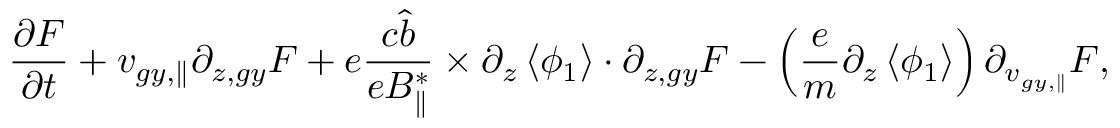
\frac { \partial F } { \partial t } + { v } _ { g y , \parallel } \partial _ { z , g y } F + e \frac { c \hat { b } } { e B _ { \parallel } ^ { * } } \times \partial _ { z } \left< \phi _ { 1 } \right> \boldsymbol { \cdot } \partial _ { z , g y } F - \left( \frac { e } { m } \partial _ { z } \left< \phi _ { 1 } \right> \right) \partial _ { v _ { g y , \parallel } } F ,